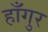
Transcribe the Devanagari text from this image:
हाँगुर